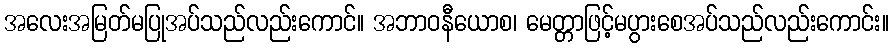
အလေးအမြတ်မပြုအပ်သည်လည်းကောင်။ အဘာဝနီယောစ၊ မေတ္တာဖြင့်မပွားစေအပ်သည်လည်းကောင်း။